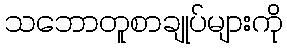
သဘောတူစာချုပ်များကို